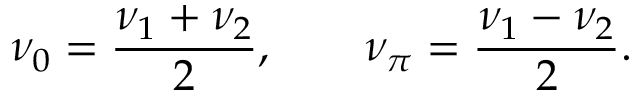
\nu _ { 0 } = \frac { \nu _ { 1 } + \nu _ { 2 } } { 2 } , \qquad \nu _ { \pi } = \frac { \nu _ { 1 } - \nu _ { 2 } } { 2 } .